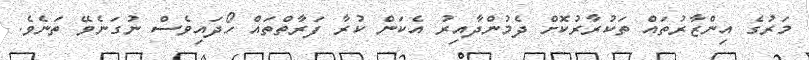
މަރުގެ އިންޒާރުތައް ތަކުރާރުކޮށް ދެމުންދާއިރު އެކަން ކުރާ ފަރާތްތައް ހޯދައިވެސް ނުގަނެވޭ ތަނެވެ.